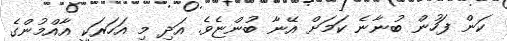
ކަން ފަހުން ބުނާނެ ކަމަށް އޭނާ ބުންޏެވެ. އަދި މި އަހަރަކީ އާއްމުންގެ